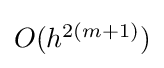
{\textstyle O(h^{2(m+1)})}